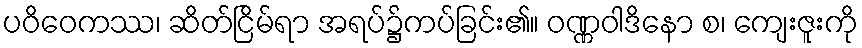
ပဝိဝေကဿ၊ ဆိတ်ငြိမ်ရာ အရပ်၌ကပ်ခြင်း၏။ ဝဏ္ဏဝါဒိနော စ၊ ကျေးဇူးကို